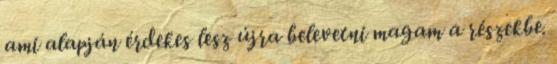
ami alapján érdekes lesz újra belevetni magam a részekbe.